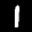
Label: 1